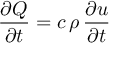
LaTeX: { \frac { \partial Q } { \partial t } } = c \, \rho \, { \frac { \partial u } { \partial t } }